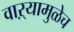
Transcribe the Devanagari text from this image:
वाऱ्यामुळेच